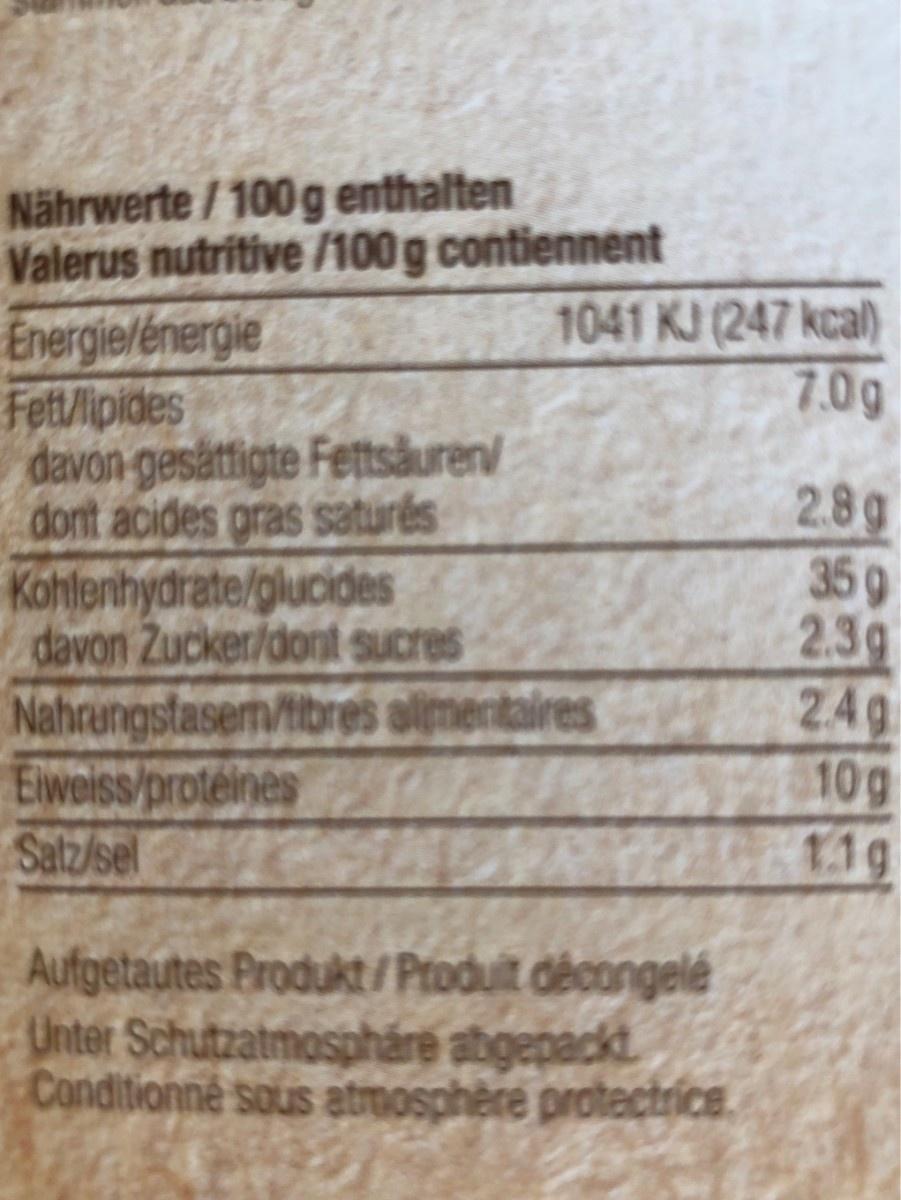
Nährwerte /100g enthalten Valerus nutritive /100 g contiennent 1041 KJ (247 kcal) 7.0g Energie/energie Fett/lipides davon gesättigte Fettsåuren dont acides gras saturés Kohlenhydrate/glucides davon Zucker/dont sucres Nahrangstasem/tbres olmentaires Elweiss/proteines Satz/sel 2.8g 359 2.3g 24g 10g 1.1g Aufgetautes Produkt //Produit décongelé Unter Schutzatmospháre abgepackt Conditionné sous atrmosphère protectrice.